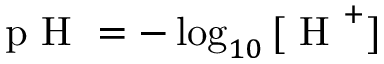
\textrm { p H } = - \log _ { 1 0 } { [ \textrm { H } ^ { + } ] }